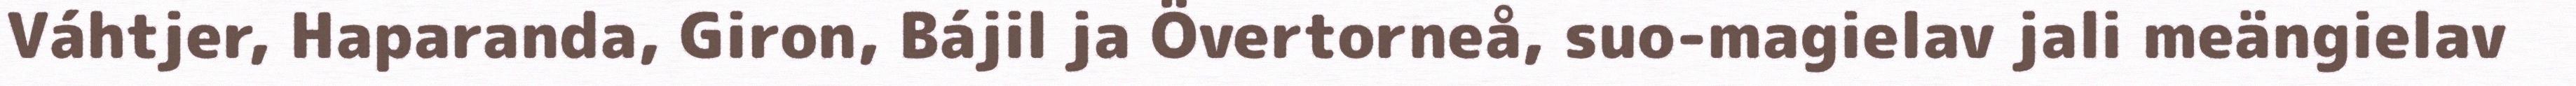
Váhtjer, Haparanda, Giron, Bájil ja Övertorneå, suo-magielav jali meängielav